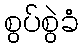
စွပ်စွဲခံ